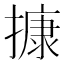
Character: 𢳧